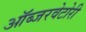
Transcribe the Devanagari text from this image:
ऑब्जरवेटोरी